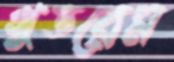
গুডরেম